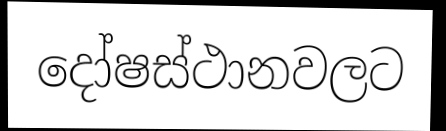
දෝෂස්ථානවලට